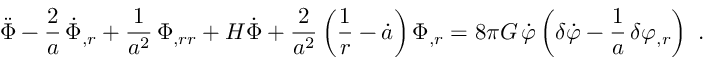
\ddot { \Phi } - \frac { 2 } { a } \, \dot { \Phi } _ { , r } + \frac { 1 } { a ^ { 2 } } \, \Phi _ { , r r } + H \dot { \Phi } + \frac { 2 } { a ^ { 2 } } \left( \frac { 1 } { r } - \dot { a } \right) \Phi _ { , r } = 8 \pi G \, \dot { \varphi } \left( \delta \dot { \varphi } - \frac { 1 } { a } \, \delta \varphi _ { , r } \right) \ .